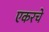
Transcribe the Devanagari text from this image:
एकरचे